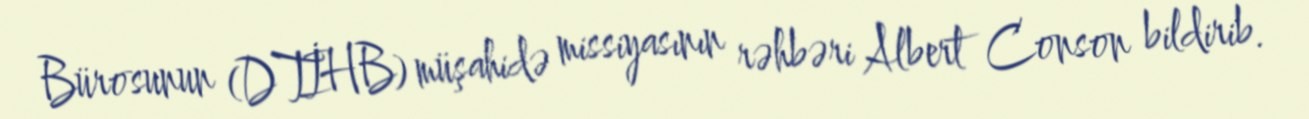
Bürosunun (DTİHB) müşahidə missiyasının rəhbəri Albert Conson bildirib.